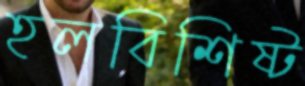
হলবিশিষ্ট